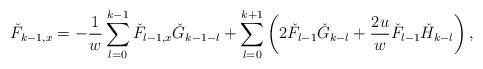
LaTeX: \begin{align*} \check{F}_{k-1,x}=-\displaystyle\frac{1}{w}\sum_{l=0}^{k-1}\check{F}_{l-1,x}\check{G}_{k-1-l}+\sum_{l=0}^{k+1}\left(2\check{F}_{l-1}\check{G}_{k-l}+\frac{2u}{w}\check{F}_{l-1}\check{H}_{k-l}\right),\\\end{align*}